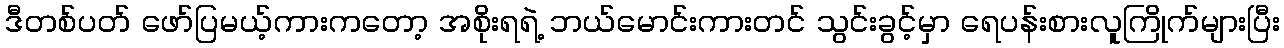
ဒီတစ်ပတ် ဖော်ပြမယ့်ကားကတော့ အစိုးရရဲ့ ဘယ်မောင်းကားတင် သွင်းခွင့်မှာ ရေပန်းစားလူကြိုက်များပြီး